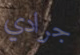
جرادي